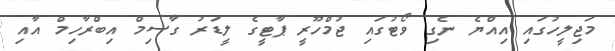
މަޖިލީހުގައި އިއްޔެ ނެގި ވޯޓުގައި ޖުމްހޫރީ ޕާޓީގެ ލީޑަރު ގާސިމް އިބްރާހިމް އާއި